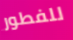
للفطور